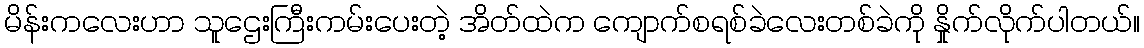
မိန်းကလေးဟာ သူဌေးကြီးကမ်းပေးတဲ့ အိတ်ထဲက ကျောက်စရစ်ခဲလေးတစ်ခဲကို နှိုက်လိုက်ပါတယ်။